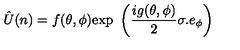
\hat { U } ( n ) = f ( \theta , \phi ) \mathrm { e x p } \ \left( \frac { i g ( \theta , \phi ) } { 2 } \sigma . e _ { \phi } \right)